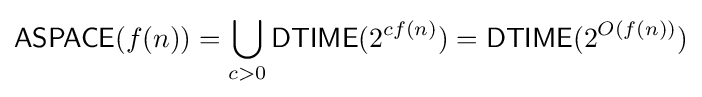
{\mathsf {ASPACE}}(f(n))=\bigcup _{c>0}{\mathsf {DTIME}}(2^{cf(n)})={\mathsf {DTIME}}(2^{O(f(n))})